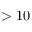
> 1 0